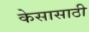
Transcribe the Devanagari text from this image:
केसासाठी